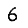
Digit: 6